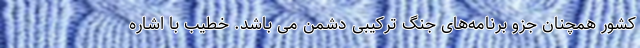
کشور همچنان جزو برنامه‌های جنگ ترکیبی دشمن می باشد. خطیب با اشاره